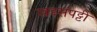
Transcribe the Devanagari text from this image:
खडसपट्टी